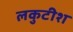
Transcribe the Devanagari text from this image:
लकुटीश